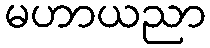
မဟာယညာ